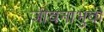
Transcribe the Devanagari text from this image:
जीवनाभुवों